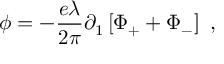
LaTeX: \phi = - \frac { e \lambda } { 2 \pi } \partial _ { 1 } \left[ \Phi _ { + } + \Phi _ { - } \right] \ ,